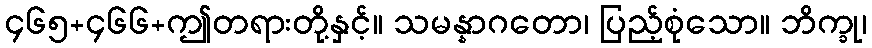
၄၆၅+၄၆၆+ဤတရားတို့နှင့်။ သမန္နာဂတော၊ ပြည့်စုံသော။ ဘိက္ခု၊